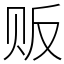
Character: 贩